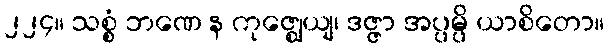
၂၂၄။ သစ္စံ ဘဏေ န ကုဇ္ဈေယျ၊ ဒဇ္ဇာ အပ္ပမ္ပိ ယာစိတော။